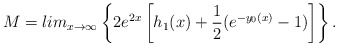
\begin{align*}M = lim_{x \rightarrow \infty}\left\{2e^{2x}\left[h_1(x) + \frac{1}{2}(e^{-y_0(x)} - 1)\right] \right\}.\end{align*}